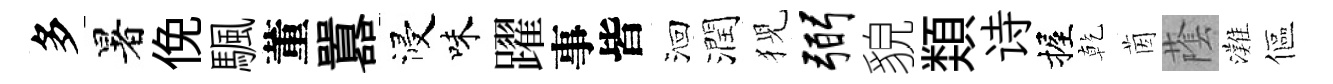
多暑俛颿董囂浸味躍事皆洄潤猊弼貌𩔖诗握乾茵䕃灘傴